Indian journal of veterinary science and animal husbandry - Volume 8,
Year: 1938
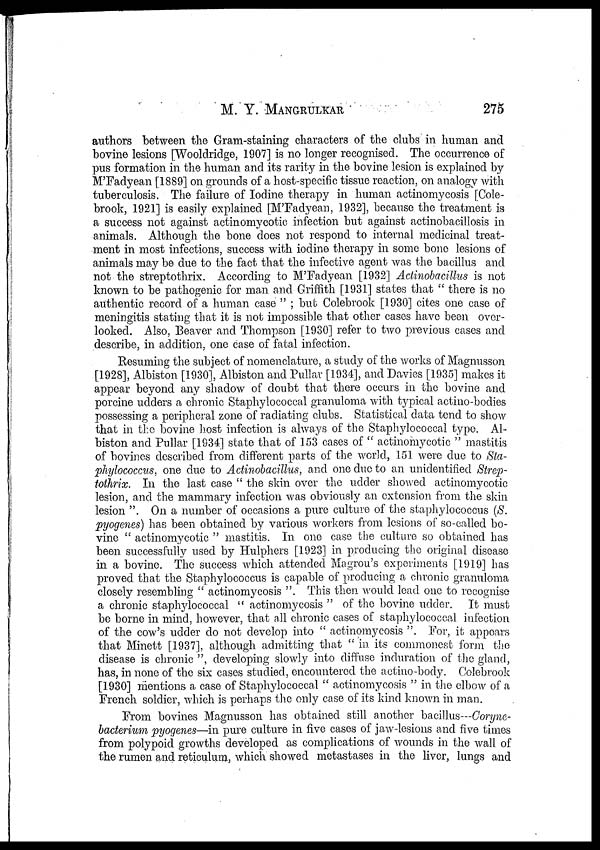
M. Y.
MANGRULKAR
275
authors between the Gram-staining characters of the clubs in human and
bovine lesions [Wooldridge, 1907] is no longer recognised. The occurrence of
pus formation in the human and its rarity in the bovine lesion is explained by
M'Fadyean [1889] on grounds of a host-specific tissue reaction, on analogy with
tuberculosis. The failure of Iodine therapy in human actinomycosis [Cole-
brook, 1921] is easily explained [M'Fadyean, 1932], because the treatment is
a success not against actinomycotic infection but against actinobacillosis in
animals. Although the bone does not respond to internal medicinal treat-
ment in most infections, success with iodine therapy in some bone lesions of
animals may be due to the fact that the infective agent was the bacillus and
not the streptothrix. According to M'Fadyean [1932] Actinobacillus is not
known to be pathogenic for man and Griffith [1931] states that " there is no
authentic record of a human case " ; but Colebrook [1930] cites one case of
meningitis stating that it is not impossible that other cases have been over-
looked. Also, Beaver and Thompson [1930] refer to two previous cases and
describe, in addition, one case of fatal infection.
Resuming the subject of nomenclature, a study of the works of Magnusson
[1928], Albiston [1930], Albiston and Pullar [1934], and Davies [1935] makes it
appear beyond any shadow of doubt that there occurs in the bovine and
porcine udders a chronic Staphylococcal granuloma with typical actino-bodies
possessing a peripheral zone of radiating clubs. Statistical data tend to show
that in the bovine host infection is always of the Staphylococcal type. Al-
biston and Pullar [1934] state that of 153 cases of " actinomycotic " mastitis
of bovines described from different parts of the world, 151 were due to Sta-
phylococcus, one due to Actinobacillus, and one due to an unidentified Strep-
tothrix. In the last case " the skin over the udder showed actinomycotic
lesion, and the mammary infection was obviously an extension from the skin
lesion ". On a number of occasions a pure culture of the staphylococcus (S.
pyogenes) has been obtained by various workers from lesions of so-called bo-
vine " actinomycotic " mastitis. In one case the culture so obtained has
been successfully used by Hulphers [1923] in producing the original disease
in a bovine. The success which attended Magrou's experiments [1919] has
proved that the Staphylococcus is capable of producing a chronic granuloma
closely resembling " actinomycosis ". This then would lead one to recognise
a chronic staphylococcal " actinomycosis " of the bovine udder. It must
be borne in mind, however, that all chronic cases of staphylococcal infection
of the cow's udder do not develop into " actinomycosis ". For, it appears
that Minett [1937], although admitting that " in its commonest form the
disease is chronic ", developing slowly into diffuse induration of the gland,
has, in none of the six cases studied, encountered the actino-body. Colebrook
[1930] mentions a case of Staphylococcal " actinomycosis " in the elbow of a
French soldier, which is perhaps the only case of its kind known in man.
From bovines Magnusson has obtained still another bacillus—Coryne¬
bacterium pyogenes—in pure culture in five cases of jaw-lesions and five times
from polypoid growths developed as complications of wounds in the wall of
the rumen and reticulum, which showed metastases in the liver, lungs and